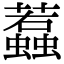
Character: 蠚